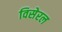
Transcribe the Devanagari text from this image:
विसेरल